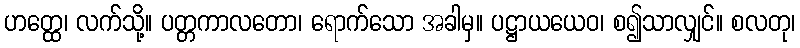
ဟတ္ထေ၊ လက်သို့။ ပတ္တကာလတော၊ ရောက်သော အခါမှ။ ပဋ္ဌာယယေဝ၊ စ၍သာလျှင်။ စလတု၊